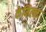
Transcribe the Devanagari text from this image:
केमिल्ला